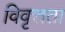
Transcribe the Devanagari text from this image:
विवृत्तता